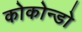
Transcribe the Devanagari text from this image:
कोकोन्डो